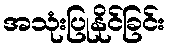
အသုံးပြုနိုင်ခြင်း